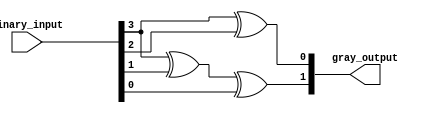
module gray_code_priority_encoder(
    input [3:0] binary_input,
    output reg [1:0] gray_output
);

assign gray_output[0] = binary_input[3] ^ binary_input[2];
assign gray_output[1] = binary_input[3] ^ binary_input[1] ^ binary_input[0];

endmodule